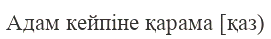
Адам кейпіне қарама [қаз)